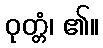
ဝုတ္တံ၊ ၏။